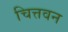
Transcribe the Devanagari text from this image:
चित्तवन